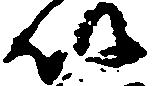
以